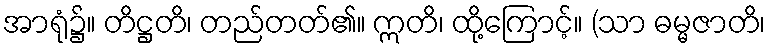
အာရုံ၌။ တိဋ္ဌတိ၊ တည်တတ်၏။ ဣတိ၊ ထို့ကြောင့်။ (သာ ဓမ္မဇာတိ၊